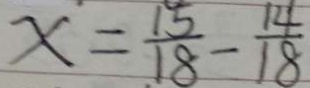
x = \frac { 1 5 } { 1 8 } - \frac { 1 4 } { 1 8 }